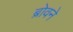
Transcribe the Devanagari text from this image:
ब्रोवने